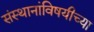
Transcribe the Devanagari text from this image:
संस्थानांविषयीच्या